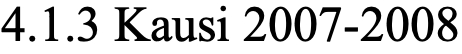
4.1.3 Kausi 2007-2008